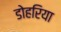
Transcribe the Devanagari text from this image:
डोहरिया